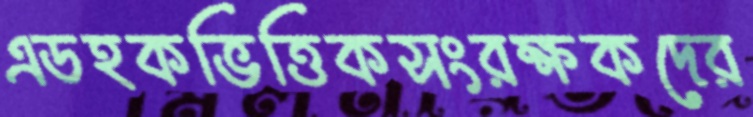
এডহকভিত্তিকসংরক্ষকদের